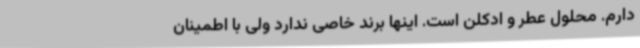
دارم. محلول عطر و ادکلن است. اینها برند خاصی ندارد ولی با اطمینان